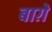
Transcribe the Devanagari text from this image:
बाग़े